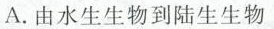
A.由水生生物到陆生生物